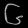
Digit: ၆